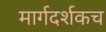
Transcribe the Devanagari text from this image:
मार्गदर्शकच